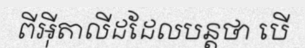
ពីអ៊ីតាលីដដែលបន្តថា បើ